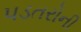
પડતરોની